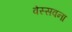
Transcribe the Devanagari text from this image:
वेस्सवना